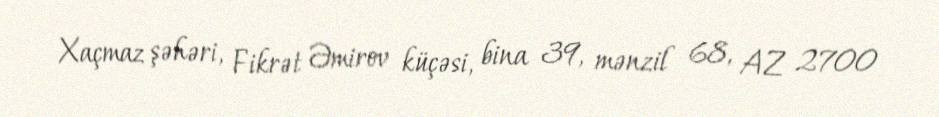
Xaçmaz şəhəri, Fikrət Əmirov küçəsi, bina 39, mənzil 68, AZ 2700